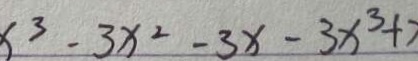
x ^ { 3 } - 3 x ^ { 2 } - 3 x - 3 x ^ { 3 } +